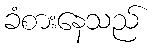
ခံစားနေသည်